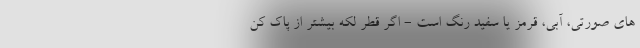
های صورتی، آبی، قرمز یا سفید رنگ است - اگر قطر لکه بیشتر از پاک کن